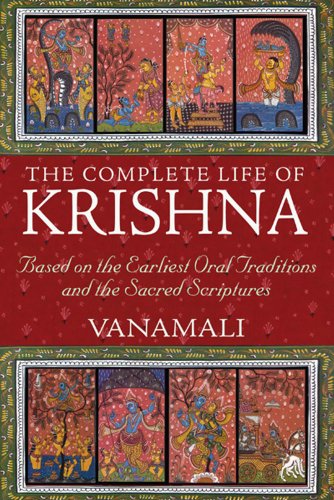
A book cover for The Complete Life of Krishna: Based on the Earliest Oral Traditions and the Sacred Scriptures; Vanamali; Religion & Spirituality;